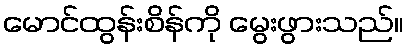
မောင်ထွန်းစိန်ကို မွေးဖွားသည်။